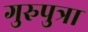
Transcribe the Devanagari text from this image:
गुरुपुत्रा